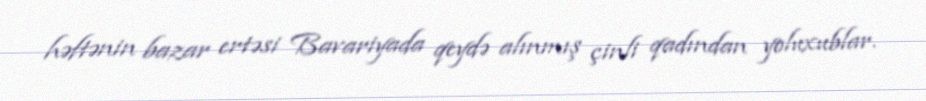
həftənin bazar ertəsi Bavariyada qeydə alınmış çinli qadından yoluxublar.